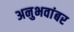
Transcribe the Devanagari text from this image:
अनुभवांबर